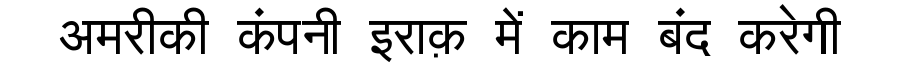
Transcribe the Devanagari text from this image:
अमरीकी कंपनी इराक़ में काम बंद करेगी